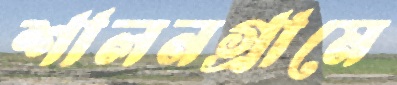
শালনগ্রামে